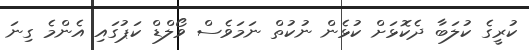
ކުރީގެ ކުލަބާ ދެކޮޅަށް ކުޅެން ނުކުތް ނަމަވެސް ވޯލްޑް ކަޕުގައި އެންމެ ގިނަ